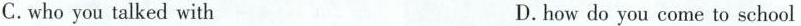
C.who you talked with D.how do you come to school